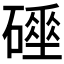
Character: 𥖌